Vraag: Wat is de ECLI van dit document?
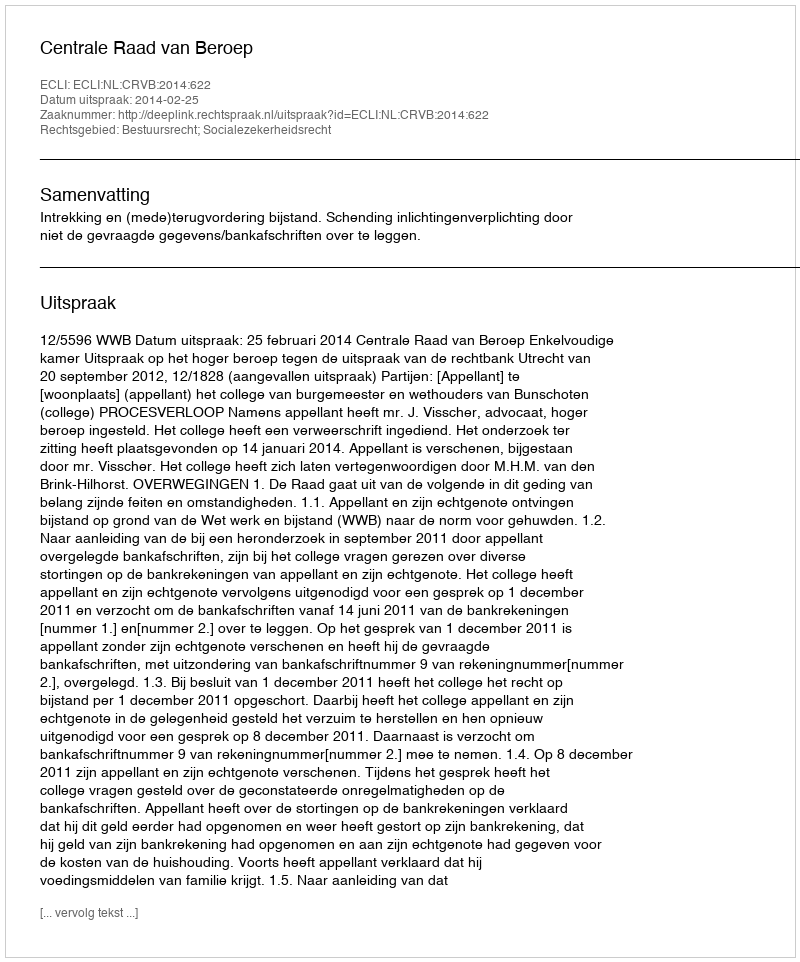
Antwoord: ECLI:NL:CRVB:2014:622